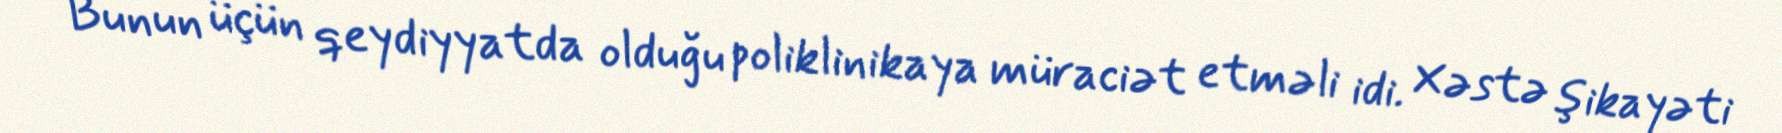
Bunun üçün qeydiyyatda olduğu poliklinikaya müraciət etməli idi. Xəstə şikayəti